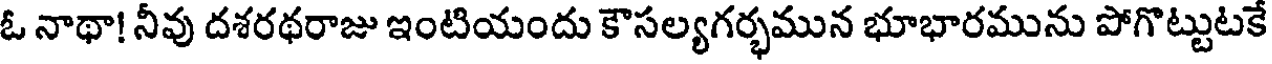
ఓ నాథా! నీవు దశరథరాజు ఇంటియందు కౌసల్యగర్భమున భూభారమును పోగొట్టుటకే